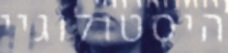
היסטולוגיי